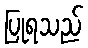
ပြုရသည်